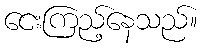
ငေးကြည့်နေသည်။